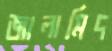
জালামিদ